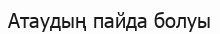
Атаудың пайда болуы